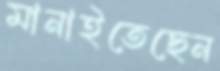
মানাইতেছেন